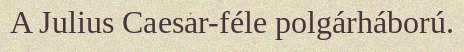
A Julius Caesar-féle polgárháború.